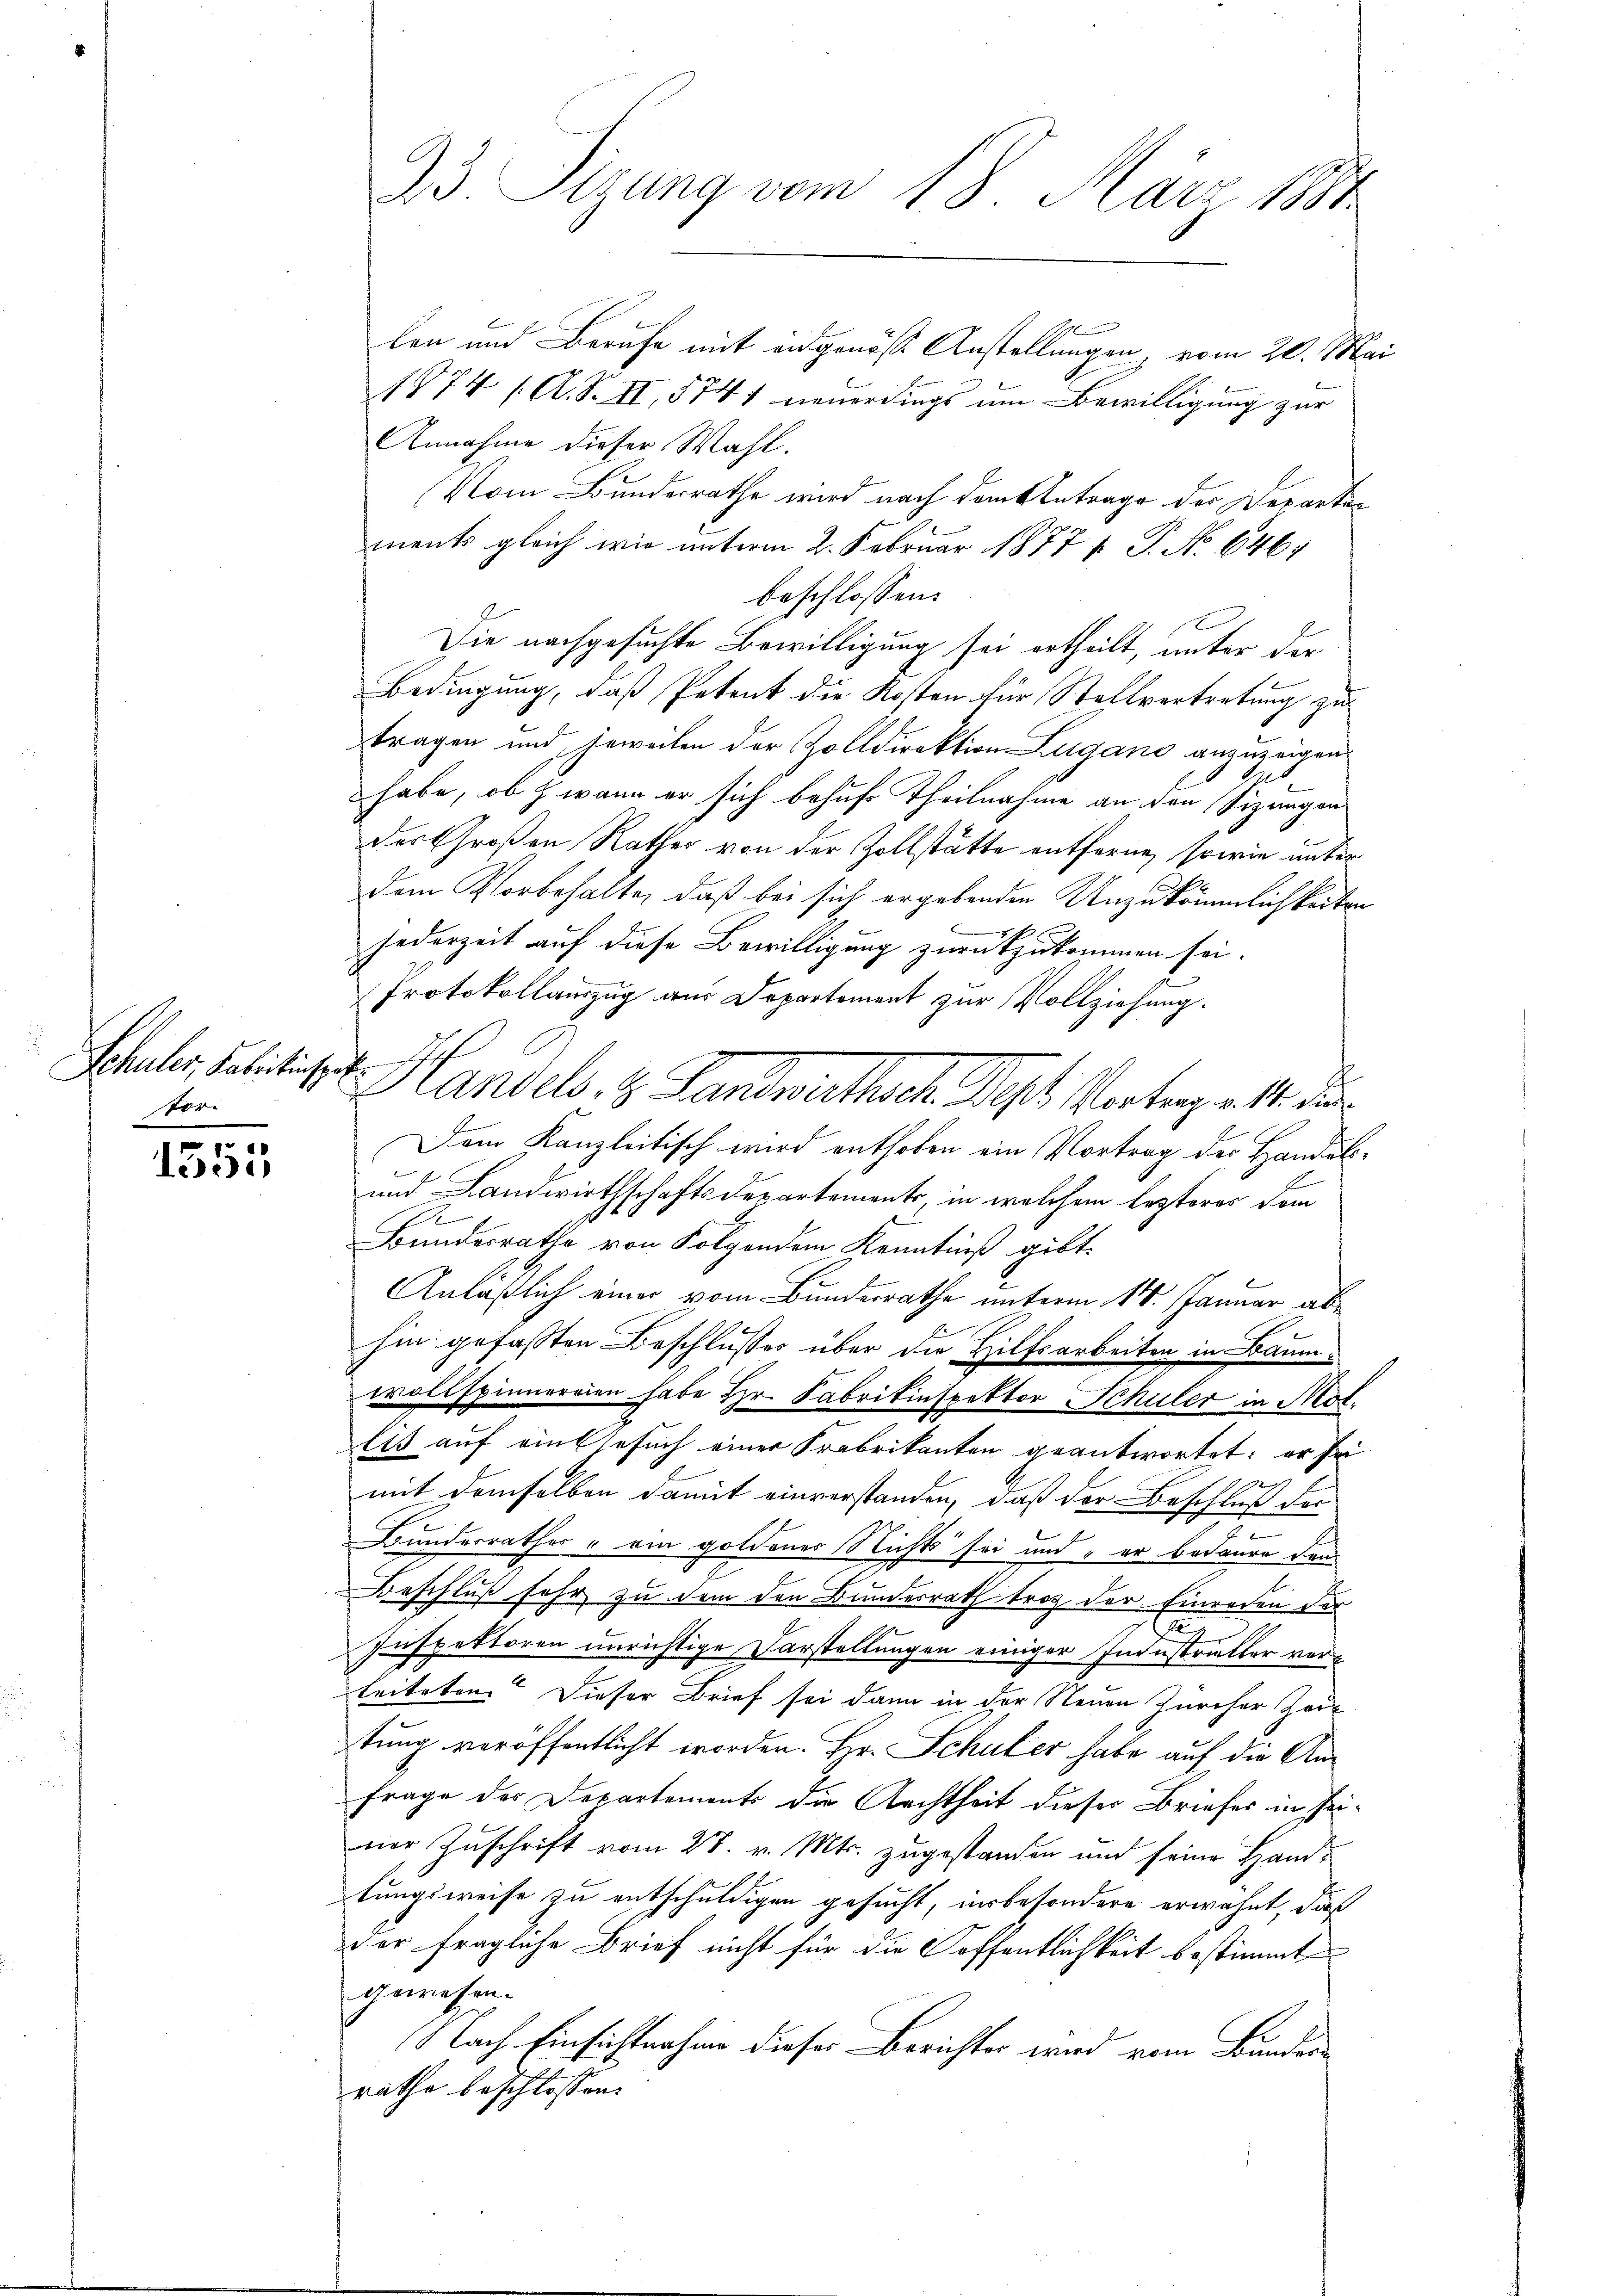
Schuler, Fabrikinshof
vor

1553

33. Sizung vom 18. März 1884.

len und Berufe mit eidgenöße Anstellungen vom 20. Mai
1874 /A. S. II, 5741 neuerdings um Bewilligung zur
Annahme dieser Wahl.
Vom Bundesrathe wird nach dem Antrage der Departen
ments gleich wie unterm 2. Februar 1877 v. P. No 646.
beschlossen:
Die nachgesuchte Bewilligung sei ertheilt, unter der
Bedingung, daß Petent die Kosten für Stellvertretung zu
tragen und jeweilen der Zolldirektion Zugano anzuzeigen.
get
habe, ob h. wann er sich behufs Theilnahme an den (Fizangauder Großen Rather von der Zollstätte entferne, sowie unter
dem Vorbehalte, daß bei sich ergebenden Unzukömmlichkeiten
jederzeit auf diese Bewilligung zurückzukommen sei.
Protokollauszug aus Departement zur Vollziehung.
Landels. z. Landwirthsch. Sept Vortrag. 11. die
Dem Kanzleitisch wird enthoben ein Vortrag der Handels¬
und Landwirthschaftsdepartements, in welchem lezteres dem
.
Bundesrathe von Folgendem Kenntniß gibt.
Anläßlich einer vom Bundesrathe unterm 14. Januar ab¬
.
hin gefassten Beschlusses über die Hilfsarbeiten in Baumvollspinnereien habe Hr. Fabrikinspektor Schuler in Mot.
lis auf einsbesuch einer Frabrikanten geantwortet; er sei
e
mit demselben damit einverstanden, daß der Beschluß der
14
Bunderrathes ein goldener Nichts sei und er bedaure dann
Beschluß sehr zu dem den Bundesrath trotz der Einreden der
2
Inspektoren unrichtige Darstellungen einiger Industritter verleiteten? Dieser Brief sei dann in der Neuen Zürcher Zei-
tung veröffentlicht worden. Hr. Schuler habe auf die An¬
Frage des Departements die Archtheit dieser Briefes in seiner Zuschrift vom 28. v. Mts. zugestanden und seine Handtungsweise zu entschuldigen gesucht, insbesondere erwähnt, daß
der fragliche Brief nicht für die Hoffentlichkeit bestimmt
gewesen.
Nach Einsichtnahme dieser Berichter wird vom Bunder
rathe beschlossen: